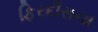
ફિરદૌસના